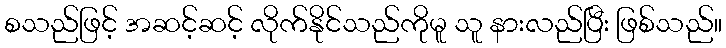
စသည်ဖြင့် အဆင့်ဆင့် လိုက်နိုင်သည်ကိုမူ သူ နားလည်ပြီး ဖြစ်သည်။